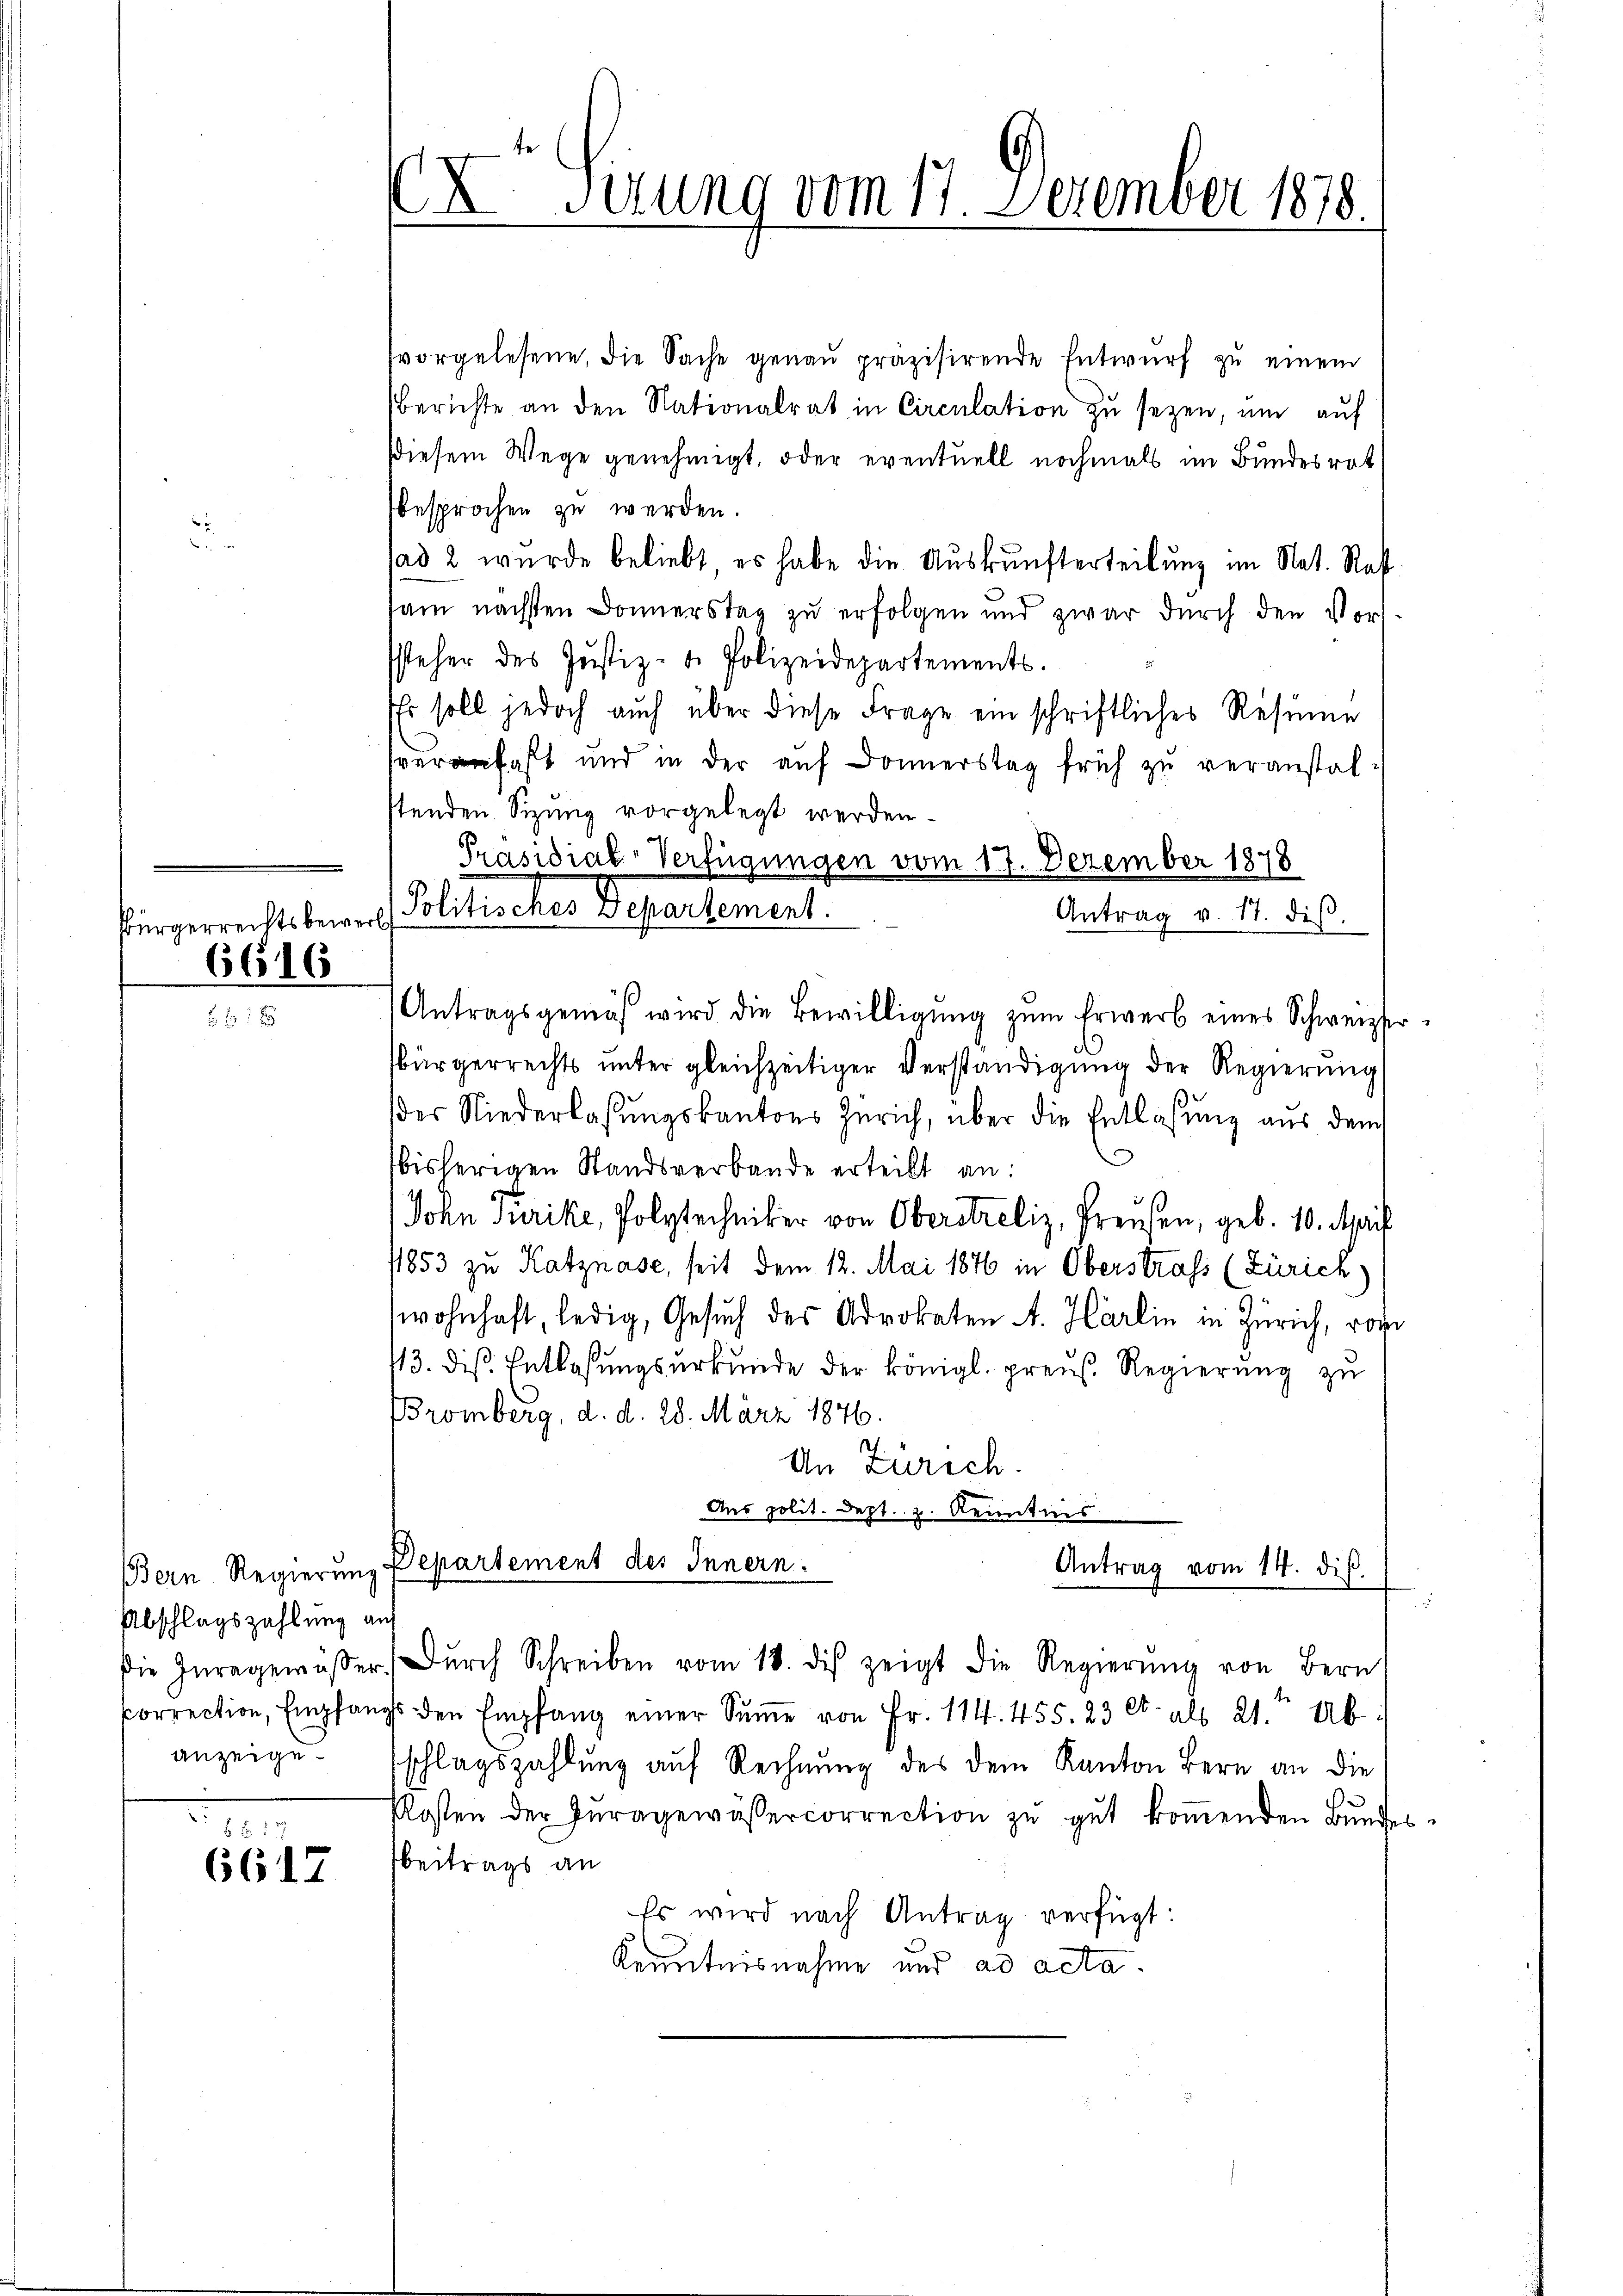
6616

Abschlagszahlung an
anzeige

88 17
6617

C Sirung vom 17. Dezember 1878.

Bürgerrechtsbewer Politisches Departement.

svorgelesene, die Sache genaŭ präzisirende Entwŭrf zŭ einem
berichte an den Nationalrat in Circulation zu seyen, um auf
Diesem Wege genehmigt, oder eventuell nochmals im Bundesrat
besprochen zu werden.
ad 2 wurde beliebt, es habe die Auskunfterteilung im Nat. Rest
sam nächsten Donnerstag zu erfolgen und zwar durch den Vorssteher des Justiz- u. Polizeidepartements.
Es soll jedoch auch über diese Frage ein schriftliches Resume
serfaßt und in der auf Donnerstag früh zu veranstalstenden Sizung vorgelegt werden.
Präsidial-Verfügungen vom 17. Dezember 1878
Antragsgemäß wird die Bewilligŭng zŭm Erwerb eines Schweizer-
sbürgerrechts unter gleichzeitiger Verständigung der Regierung
der Niederlassungskantons Zürich, über die Entlaßung aus dem
bisherigen Standsverbande erteilt an:
John Turike, Polytechniker von Oberstreliz, Preusen, geb. 10. April
11853 zu Katznase, seit dem 12. Mai 1876 in Oberstrafs (Zürich)
wohnhaft, ledig, Gesuch des Advokaten A. Harlin in Zürich, von
13. die Entlassŭngsŭrkŭnde der königl. preuß. Regierŭng zŭ
Bromberg, d. d. 28. März 1876.
An Zürich.
Aus polit. Dept. z. Kenntnis
Bern Regierung Departement des Innern.
Antrag vom 14. dis
1
die Zŭregemässer Dŭrch Schreiben vom 18. des zeigt die Regierŭng von Bern
Correction, Empfangs den Empfang einer Sŭṁe von Fr. 114. 455. 23 et als 21. Ab
sschlagszahlung auf Rechnung des Dein Kanton Bern an die
Plosten der Zŭragewässercorrection zŭ gŭt koṁenden Bŭndes-
Beitrags an
Es wird nach Antrag verfügt:
Kenntnisnahme und ad acta.

Antrag v. 17. dis.